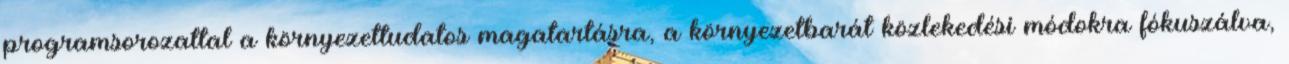
programsorozattal a környezettudatos magatartásra, a környezetbarát közlekedési módokra fókuszálva,